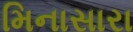
મિનાસારા